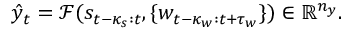
\hat { y } _ { t } = \mathcal { F } ( s _ { t - \kappa _ { s } : t } , \{ w _ { t - \kappa _ { w } : t + \tau _ { w } } \} ) \in \mathbb { R } ^ { n _ { y } } .